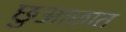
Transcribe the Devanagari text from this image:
छुआछात